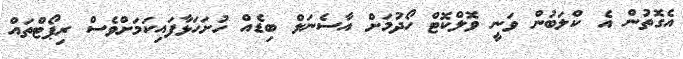
އެގޮތުން އެ ކްލަބުން ވަނީ ވޮލްކޮޓް ހޯދުމަށް އާސެނަލް ބިޑެއް ހުށަހަޅާފައިކަމަށްވެސް ރިޕޯޓްތައް